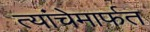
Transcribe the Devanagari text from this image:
त्यांचेमार्फत